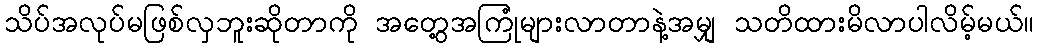
သိပ်အလုပ်မဖြစ်လှဘူးဆိုတာကို အတွေ့အကြုံများလာတာနဲ့အမျှ သတိထားမိလာပါလိမ့်မယ်။